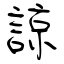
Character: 諒